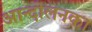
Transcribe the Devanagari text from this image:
आन्दोलनका